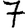
Digit: 7